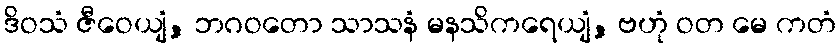
ဒိဝသံ ဇီဝေယျံ, ဘဂဝတော သာသနံ မနသိကရေယျံ, ဗဟုံ ဝတ မေ ကတံ